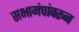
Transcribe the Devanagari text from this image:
सभामंचांवरून